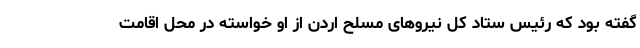
گفته بود که رئیس ستاد کل نیروهای مسلح اردن از او خواسته در محل اقامت